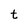
Character: t